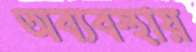
অব্যবস্থায়